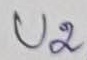
Text: U2